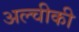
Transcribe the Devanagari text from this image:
अल्चीकी